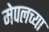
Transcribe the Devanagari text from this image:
मेपलच्या